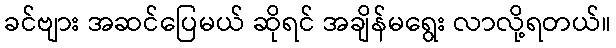
ခင်ဗျား အဆင်ပြေမယ် ဆိုရင် အချိန်မရွေး လာလို့ရတယ်။